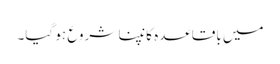
میں باقاعدہ کانپنا شروع ہو گیا۔